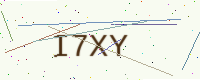
Text: I7XY